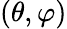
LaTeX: (\theta,\varphi)